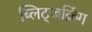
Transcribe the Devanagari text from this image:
ब्लिट्जक्रिंग